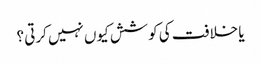
یا خلافت کی کوشش کیوں نہیں کرتی ؟